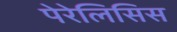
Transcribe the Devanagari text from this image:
पेरेलिसिस